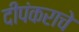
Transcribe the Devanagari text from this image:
दीपंकराचे